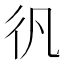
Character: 𱝬